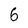
Character: 6